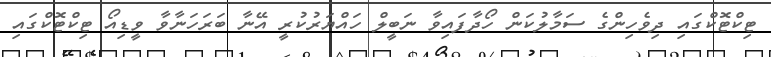
ޓިކްޓޮކްގައި ދިވެހިންގެ ސަމާލުކަން ހޯދާފައިވާ ނަބީލް ހައްޔަރުކުރީ އޭނާ ބަރަހަނާވާ ވީޑިއޯ ޓިކްޓޮކްގައި